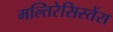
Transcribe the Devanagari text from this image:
मल्तिरेसिस्तेंस